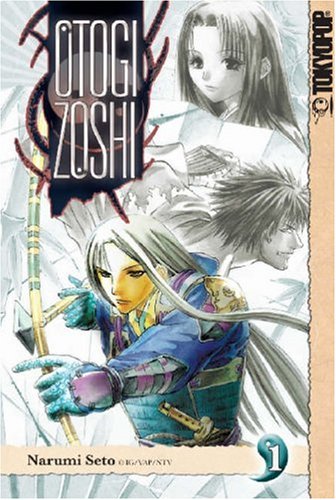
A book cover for Otogi Zoshi Volume 1 (v. 1); Narumi Seto; Teen & Young Adult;